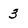
Character: 3